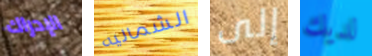
الإدراك الشماليه إلى لديك